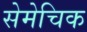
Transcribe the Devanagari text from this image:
सेमेचिक